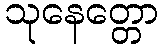
သုနေတ္တော